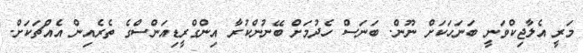
މަރީ އެލާޖިކްވަނީ ބަނަހަކަށް ނޫން. ބަނަސް ހެދުމަށް ބޭނުންކުރާ އިންގްރީޑިއަންސްގެ ތެރެއިން އެއްޗަކަށް.